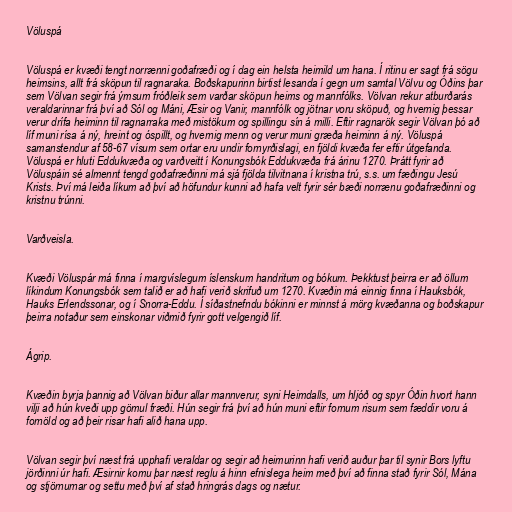
Völuspá

Völuspá er kvæði tengt norrænni goðafræði og í dag ein helsta heimild um hana. Í ritinu er sagt frá sögu
heimsins, allt frá sköpun til ragnaraka. Boðskapurinn birtist lesanda í gegn um samtal Völvu og Óðins þar
sem Völvan segir frá ýmsum fróðleik sem varðar sköpun heims og mannfólks. Völvan rekur atburðarás
veraldarinnar frá því að Sól og Máni, Æsir og Vanir, mannfólk og jötnar voru sköpuð, og hvernig þessar
verur drífa heiminn til ragnarraka með mistökum og spillingu sín á milli. Eftir ragnarök segir Völvan þó að
líf muni rísa á ný, hreint og óspillt, og hvernig menn og verur muni græða heiminn á ný. Völuspá
samanstendur af 58-67 vísum sem ortar eru undir fornyrðislagi, en fjöldi kvæða fer eftir útgefanda.
Völuspá er hluti Eddukvæða og varðveitt í Konungsbók Eddukvæða frá árinu 1270. Þrátt fyrir að
Völuspáin sé almennt tengd goðafræðinni má sjá fjölda tilvitnana í kristna trú, s.s. um fæðingu Jesú
Krists. Því má leiða líkum að því að höfundur kunni að hafa velt fyrir sér bæði norrænu goðafræðinni og
kristnu trúnni.

Varðveisla.

Kvæði Völuspár má finna í margvíslegum íslenskum handritum og bókum. Þekktust þeirra er að öllum
líkindum Konungsbók sem talið er að hafi verið skrifuð um 1270. Kvæðin má einnig finna í Hauksbók,
Hauks Erlendssonar, og í Snorra-Eddu. Í síðastnefndu bókinni er minnst á mörg kvæðanna og boðskapur
þeirra notaður sem einskonar viðmið fyrir gott velgengið líf.

Ágrip.

Kvæðin byrja þannig að Völvan biður allar mannverur, syni Heimdalls, um hljóð og spyr Óðin hvort hann
vilji að hún kveði upp gömul fræði. Hún segir frá því að hún muni eftir fornum risum sem fæddir voru á
fornöld og að þeir risar hafi alið hana upp.

Völvan segir því næst frá upphafi veraldar og segir að heimurinn hafi verið auður þar til synir Bors lyftu
jörðinni úr hafi. Æsirnir komu þar næst reglu á hinn efnislega heim með því að finna stað fyrir Sól, Mána
og stjörnurnar og settu með því af stað hringrás dags og nætur.